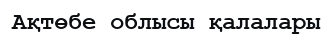
Ақтөбе облысы қалалары